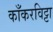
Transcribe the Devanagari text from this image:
काँकरविट्टा